Vaccine operations Central Provinces & Berar 1912-1920 - 1912-1920
Year: 1912
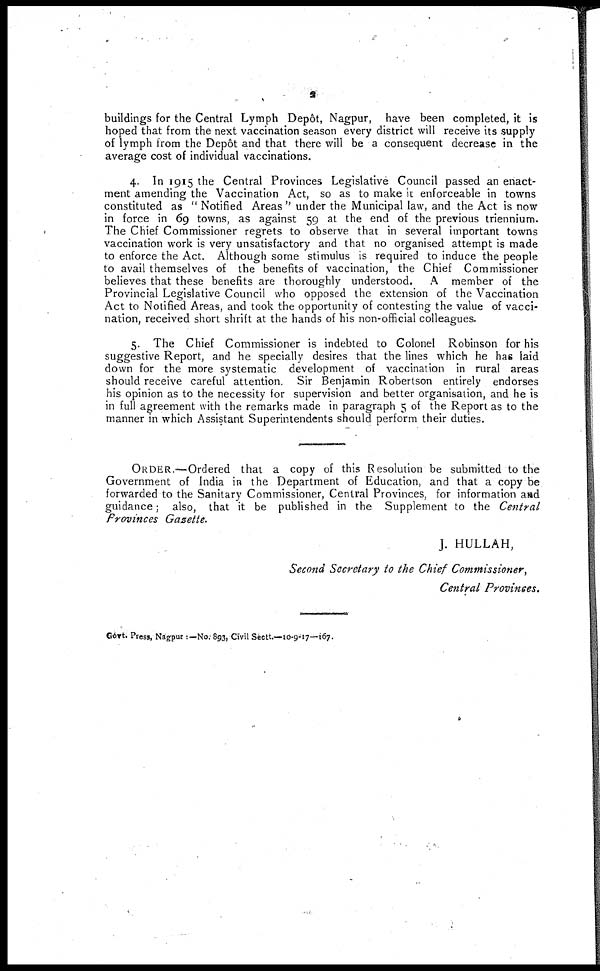
2
buildings for the Central Lymph Depôt, Nagpur, have been completed, it is
hoped that from the next vaccination season every district will receive its supply
of lymph from the Depôt and that there will be a consequent decrease in the
average cost of individual vaccinations.
4. In 1915 the Central Provinces Legislative Council passed an enact-
ment amending the Vaccination Act, so as to make it enforceable in towns
constituted as " Notified Areas " under the Municipal law, and the Act is now
in force in 69 towns, as against 59 at the end of the previous triennium.
The Chief Commissioner regrets to observe that in several important towns
vaccination work is very unsatisfactory and that no organised attempt is made
to enforce the Act. Although some stimulus is required to induce the people
to avail themselves of the benefits of vaccination, the Chief Commissioner
believes that these benefits are thoroughly understood. A member of the
Provincial Legislative Council who opposed the extension of the Vaccination
Act to Notified Areas, and took the opportunity of contesting the value of vacci-
nation, received short shrift at the hands of his non-official colleagues.
5. The Chief Commissioner is indebted to Colonel Robinson for his
suggestive Report, and he specially desires that the lines which he has laid
down for the more systematic development of vaccination in rural areas
should receive careful attention. Sir Benjamin Robertson entirely endorses
his opinion as to the necessity for supervision and better organisation, and he is
in full agreement with the remarks made in paragraph 5 of the Report as to the
manner in which Assistant Superintendents should perform their duties.
ORDER.—Ordered that a copy of this Resolution be submitted to the
Government of India in the Department of Education, and that a copy be
forwarded to the Sanitary Commissioner, Central Provinces, for information and
guidance; also, that it be published in the Supplement to the Central
Provinces Gazette.
J. HULLAH,
Second Secretary to the Chief Commissioner,
Central Provinces.
Govt. Press, Nagpur :— No; 893, Civil Sectt.—10-9-17—167.